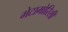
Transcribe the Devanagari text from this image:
मेटामोरिसी